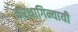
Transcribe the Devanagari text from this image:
करथागिन्यायी